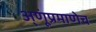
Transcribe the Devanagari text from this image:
अ्णूंप्रमाणेच